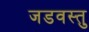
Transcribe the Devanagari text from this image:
जडवस्तु